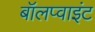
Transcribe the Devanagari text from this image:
बॉलप्वाइंट